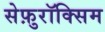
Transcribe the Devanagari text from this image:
सेफ़ुरॉक्सिम